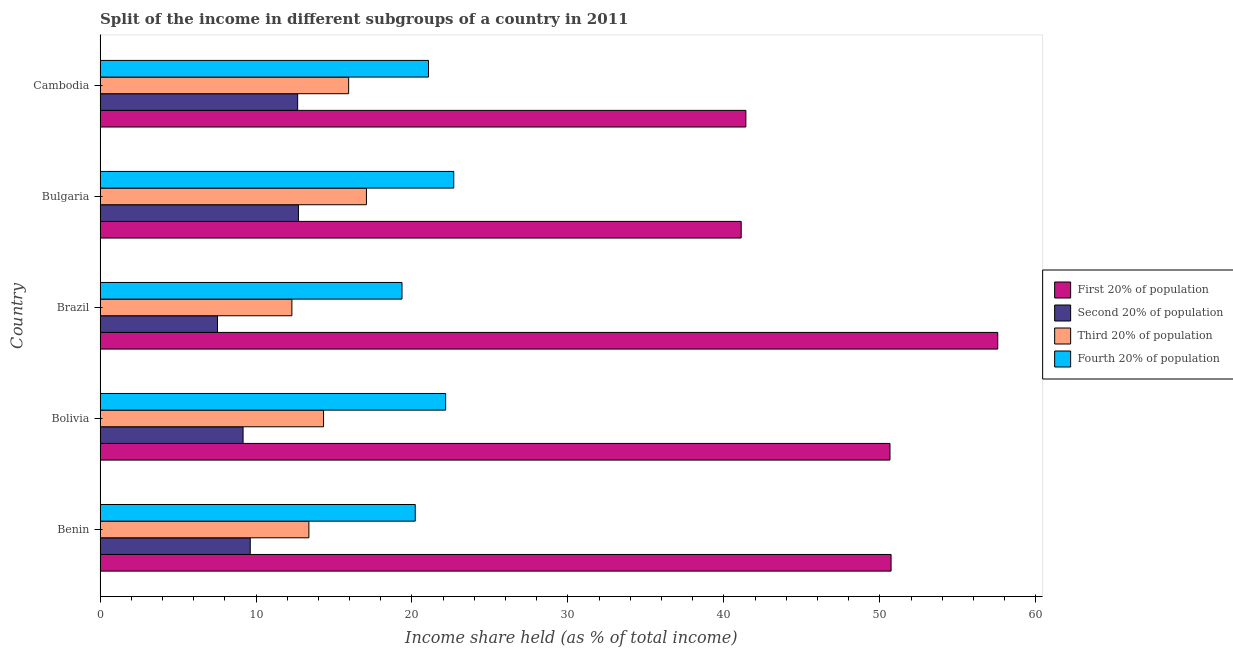
| Country | First 20% of population | Second 20% of population | Third 20% of population | Fourth 20% of population |
 | --- | --- | --- | --- | --- |
 | Benin | 50.7 | 9.63 | 13.4 | 20.2 |
 | Bolivia | 50.6 | 9.17 | 14.3 | 22.2 |
 | Brazil | 57.6 | 7.53 | 12.3 | 19.4 |
 | Bulgaria | 41.1 | 12.7 | 17.1 | 22.7 |
 | Cambodia | 41.4 | 12.7 | 15.9 | 21.1 |